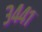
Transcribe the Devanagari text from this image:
३४४१